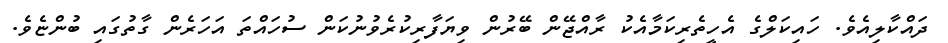
ދައްކާލިއެވެ. ހައިކަލްގެ އެހީތެރިކަމާއެކު ރާއްޖޭން ބޭރުން ވިޔަފާރިކުރެވުނުކަން ސުހައްތަ އަހަރެން ގާތުގައި ބުންޏެވެ.